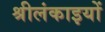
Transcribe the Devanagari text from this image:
श्रीलंकाइयों